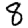
Digit: 8